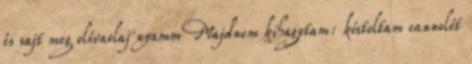
és sajt meg olívaolaj nyamm Majdnem kihagytam: kóstoltam cannolót